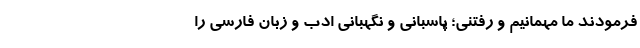
فرمودند ما مهمانیم و رفتنی؛ پاسبانی و نگهبانی ادب و زبان فارسی را